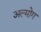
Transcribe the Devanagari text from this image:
अल्मोग